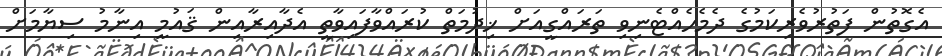
އެގޮތުން ފަތުރުވެރިކަމުގެ ދެމެހެއްޓެނިވި ތަރައްގީއަށް ޚިދުމަތް ކުރައްވާފައިވާތީ އެދާއިރާއިން ޤައުމީ އިނާމު ސިޔާމަށް